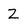
Character: Z